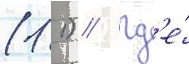
(1 1) // Гд'е́